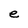
Character: e